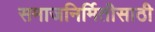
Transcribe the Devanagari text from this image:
समाजनिर्मितीसाठी